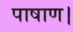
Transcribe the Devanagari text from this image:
पाषाण।